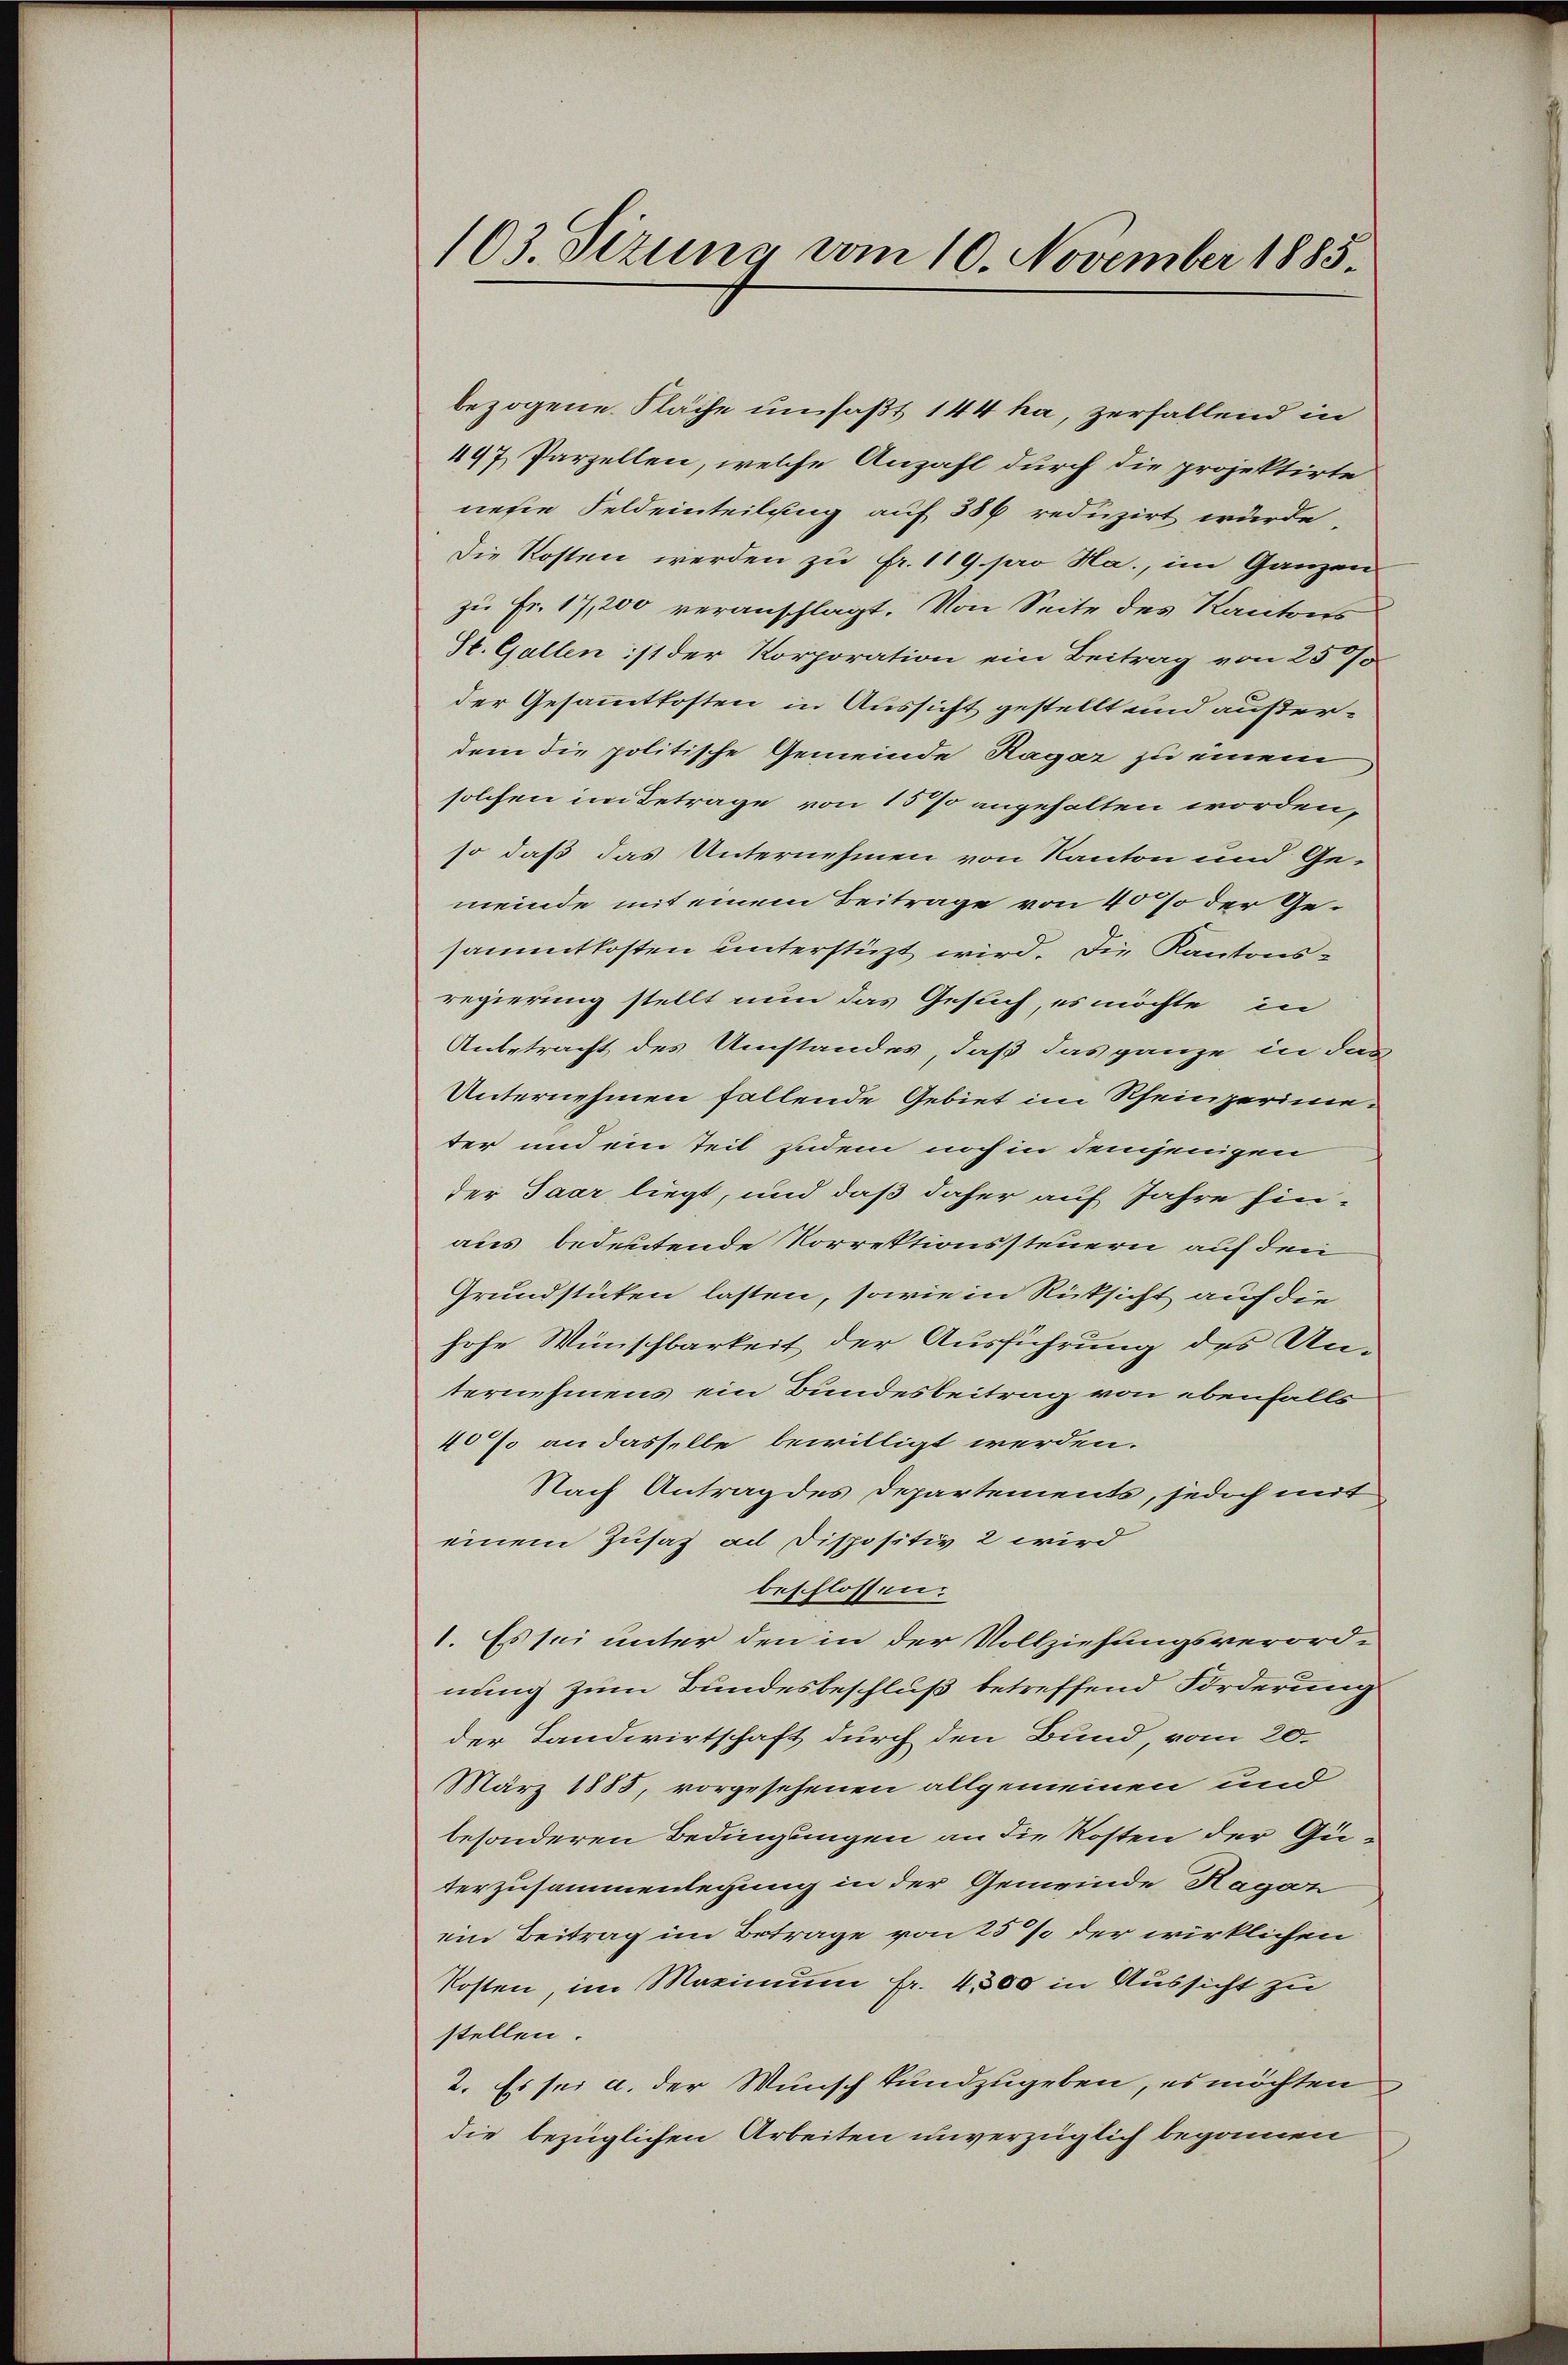
103. Sitzung vom 10. November 1885

bezogene Fläche umfaßt 144 ka, zerfallend in
497. Parzellen, welche Anzahl durch die projektirte
nesie Feldeinteilung auf 386 reduzirt würde,
Die Kosten werden zu Fr. 119. pro Na., im Ganzen
zu Fr. 17,200 veranschlagt. Von Seite des Kantons
St. Gallen ist der Korporation ein Beitrag von 25 %
der Gesammtkosten in Aussicht gestellt und außerdem die politische Gemeinde Ragar zu einem
solchen im Betrage von 15 % angehalten worden,
so daß das Unternehmen von Kanton und Gemeinde mit einem Beitrage von 40% der Gesammtkosten unterstüzt wird. Die Kantonsregierung stellt nun das Gesuch, es möchte in
Anbetracht des Umstandes, daß das ganze in das
Unternehmen fallende Gebiet im Rheinperinne.
ter und ein Teil zudem noch in demjenigen
der Paar liegt, und daß daher auf Jahre hinaus, bedeutende Vorrektionssteuern auf den
Grundstücken lasten, sowie in Rücksicht auf die
hohe Wünschbarkeit der Ausführung des Unternehmens ein Bundesbeitrag von ebenfalls
40% an dasselbe bewilligt werden.
Nach Antrag des Departements, jedoch mit
einem Zusatz ad Dispositiv 2 wird
beschlossen:
1. Es sei unter den in der Vollziehungsverord-
nung zum Bundesbeschluß betreffend Forderung
der Landwirtschaft durch den Bund, vom 20.
März 1885, vorgesehenen allgemeinen und
besonderen Bedingungen an die Kosten der Guterzusammenlegung in der Gemeinde Hagen
ein Beitrag im Betrage von 25% der wirklichen
Kosten, im Maximum fr. 4500 in Aussicht zu
stellen.
2. Es sei a. der Wunsch kundzugeben, es möchten
die bezüglichen Arbeiten unverzüglich begonnen